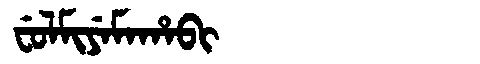
Manchu: ᠸᡠᠯᠮᡳᠶᡝᠮᠠᡥᠠᠪᡳ
Romanization: FULMIYEMAHABI